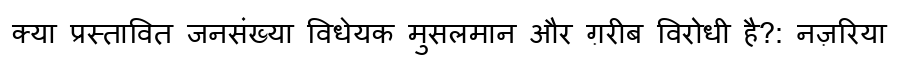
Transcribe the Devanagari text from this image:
क्या प्रस्तावित जनसंख्या विधेयक मुसलमान और ग़रीब विरोधी है?: नज़रिया